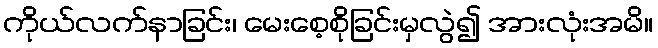
ကိုယ်လက်နာခြင်း၊ မေးစေ့စိုခြင်းမှလွဲ၍ အားလုံးအမိ။